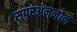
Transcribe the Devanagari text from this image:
सुपरअननोन